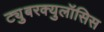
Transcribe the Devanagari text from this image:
ट्युुबरक्युलॉसिस